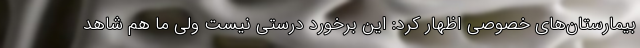
بیمارستان‌های خصوصی اظهار کرد: این برخورد درستی نیست ولی ما هم شاهد